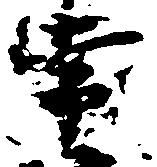
常